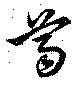
葛